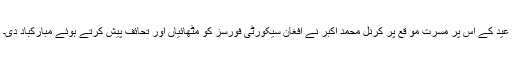
عید کے اس پر مسرت مو قع پر کرنل محمد اکبر نے افغان سیکورٹی فورسز کو مٹھائیاں اور تحائف پیش کرتے ہوئے مبارکباد دی۔